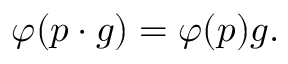
\varphi ( p \cdot g ) = \varphi ( p ) g .